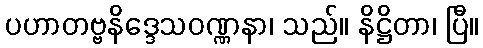
ပဟာတဗ္ဗနိဒ္ဒေသဝဏ္ဏနာ၊ သည်။ နိဋ္ဌိတာ၊ ပြီ။